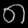
Digit: ၈